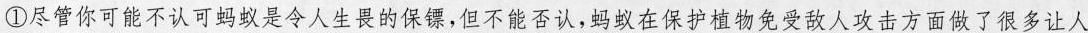
①尽管你可能不认可蚂蚁是令人生畏的保镖，但不能否认，蚂蚁在保护植物免受敌人攻击方面做了很多让人